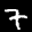
Label: 7